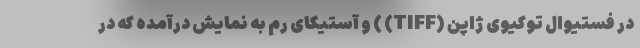
در فستیوال توکیوی ژاپن (TIFF) ) و آستیکای رم به نمایش درآمده که در